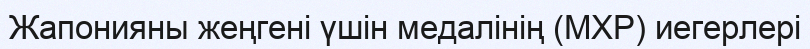
Жапонияны жеңгені үшін медалінің (МХР) иегерлері